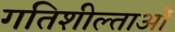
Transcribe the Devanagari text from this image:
गतिशील्ताओं